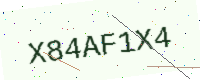
Text: X84AF1X4